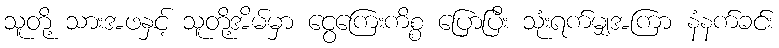
သူတို့ သားအဖနှင့် သူတို့အိမ်မှာ ငွေကြေးကိစ္စ ပြောပြီး သုံးရက်မျှအကြာ နံနက်ခင်း